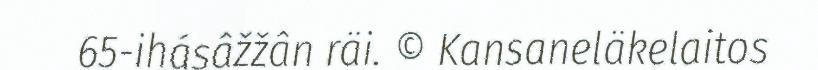
65-ihásâžžân räi. © Kansaneläkelaitos